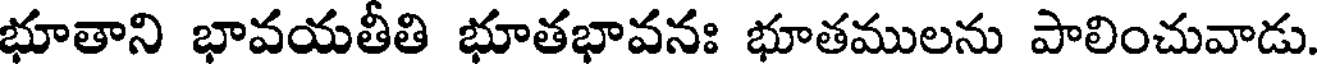
భూతాని భావయతీతి భూతభావనః భూతములను పాలించువాడు.